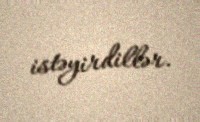
istəyirdillər.